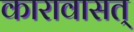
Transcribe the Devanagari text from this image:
कारावासत्